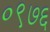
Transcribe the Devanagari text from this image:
०९७६